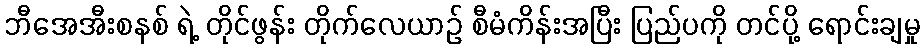
ဘီအေအီးစနစ် ရဲ့ တိုင်ဖွန်း တိုက်လေယာဉ် စီမံကိန်းအပြီး ပြည်ပကို တင်ပို့ ရောင်းချမှု